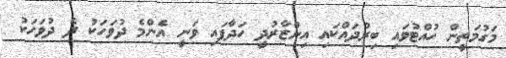
މަގުމަތީން ހުއްޓުވައި ބިރުދައްކައި އިންޒާރުދީ ހަދާފައި ވަނީ އެންމެ ދުވަހަކު ދެ ދުވަހަކު